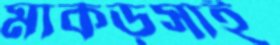
মাকড়সাই